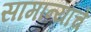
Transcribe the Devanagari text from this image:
सामान्याचे